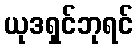
ယုဒရှင်ဘုရင်